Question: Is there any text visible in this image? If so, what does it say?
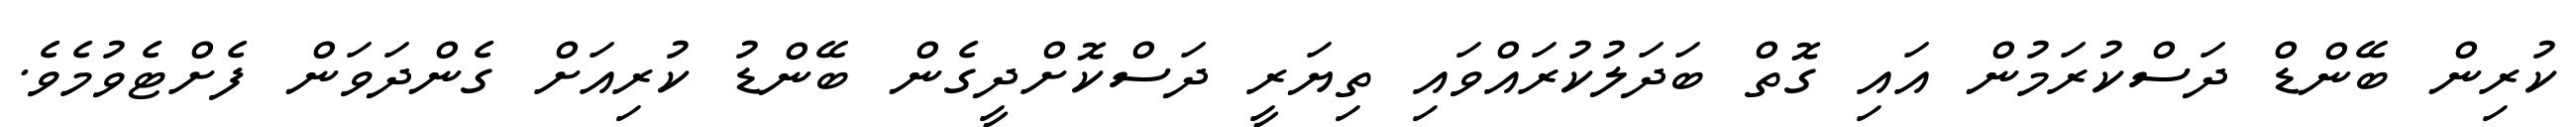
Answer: ކުރިން ބޭންޑް ދަސްކުރަމުން އައި ގޮތް ބަދަލުކުރައްވައި ތިޔަރީ ދަސްކޮށްދީގެން ބޭންޑު ކުރިއަށް ގެންދަވަން ފެށްޓެވުމެވެ.